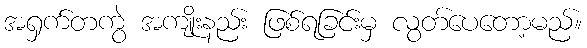
အရှက်တကွဲ အကျိုးနည်း ဖြစ်ရခြင်းမှ လွတ်ပေတော့မည်။